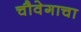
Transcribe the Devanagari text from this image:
चौवेगाचा